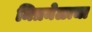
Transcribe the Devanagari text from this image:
मित्रमेळाचा